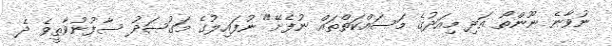
ނުވާނެ ނޫންތޯ އަދި މިއަދުގެ މަސައްކަތްތައް ނުފެށޭ" ނުފައިލުގެ މަގުޞަދު ސާފުނުވާތީވެ ދެ